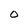
Character: o